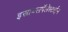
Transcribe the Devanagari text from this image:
इस्रायलपॅलेस्टाईन